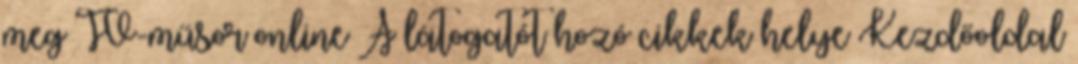
meg TV-műsor online A látogatót hozó cikkek helye Kezdőoldal